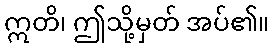
ဣတိ၊ ဤသို့မှတ် အပ်၏။